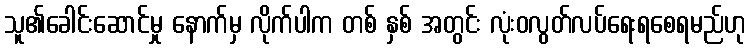
သူ၏ခေါင်းဆောင်မှု နောက်မှ လိုက်ပါက တစ် နှစ် အတွင်း လုံးဝလွတ်လပ်ရေးရစေရမည်ဟု